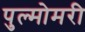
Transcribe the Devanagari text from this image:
पुल्मोमरी